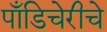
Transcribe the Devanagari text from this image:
पाँडिचेरीचे